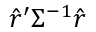
{ \hat { r } } ^ { \prime } \Sigma ^ { - 1 } { \hat { r } }